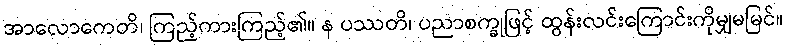
အာလောကေတိ၊ ကြည့်ကားကြည့်၏။ န ပဿတိ၊ ပညာစက္ခုဖြင့် ထွန်းလင်းကြောင်းကိုမျှမမြင်။